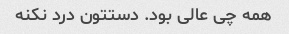
همه چی عالی بود. دستتون درد نکنه